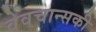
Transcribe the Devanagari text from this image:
वेवचान्सकी